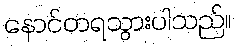
နောင်တရသွားပါသည်။